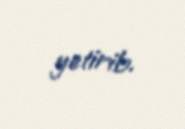
yetirib.